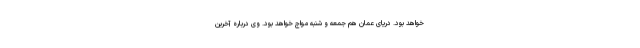
خواهد بود. دریای عمان هم جمعه و شنبه مواج خواهد بود. وی درباره آخرین